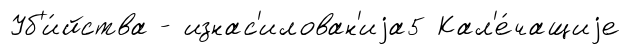
Уб'и́йства - изнас'илован'иjа5 Кал'е́чащиjе